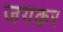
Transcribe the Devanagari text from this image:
जगकर